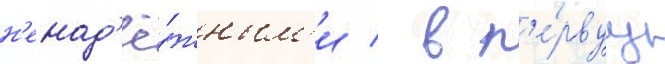
н'енад'ё́жным'и / в п'е́рвуу